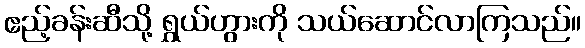
ဧည့်ခန်းဆီသို့ ရွှယ်ဟွားကို သယ်ဆောင်လာကြသည်။